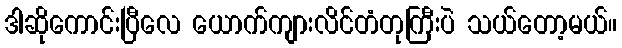
ဒါဆိုကောင်းပြီလေ ယောက်ကျားလိင်တံတုကြီးပဲ သယ်တော့မယ်။